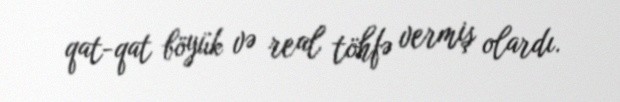
qat-qat böyük və real töhfə vermiş olardı.